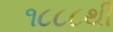
૧૮૮૮થી